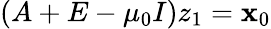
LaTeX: (A+E-\mu_{0}I)z_{1}=\mathbf{x}_{0}